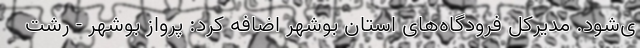
ی‌شود. مدیرکل فرودگاه‌های استان بوشهر اضافه کرد: پرواز بوشهر - رشت